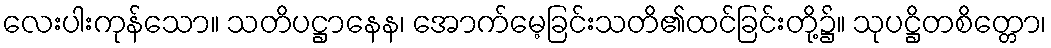
လေးပါးကုန်သော။ သတိပဋ္ဌာနေန၊ အောက်မေ့ခြင်းသတိ၏ထင်ခြင်းတို့၌။ သုပဋ္ဌိတစိတ္တော၊